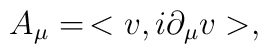
A_\mu=\,<v,i\partial_\mu v>,